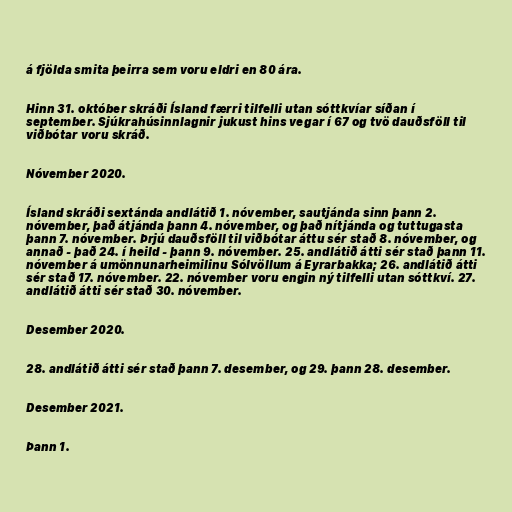
á fjölda smita þeirra sem voru eldri en 80 ára.

Hinn 31. október skráði Ísland færri tilfelli utan sóttkvíar síðan í
september. Sjúkrahúsinnlagnir jukust hins vegar í 67 og tvö dauðsföll til
viðbótar voru skráð.

Nóvember 2020.

Ísland skráði sextánda andlátið 1. nóvember, sautjánda sinn þann 2.
nóvember, það átjánda þann 4. nóvember, og það nítjánda og tuttugasta
þann 7. nóvember. Þrjú dauðsföll til viðbótar áttu sér stað 8. nóvember, og
annað - það 24. í heild - þann 9. nóvember. 25. andlátið átti sér stað þann 11.
nóvember á umönnunarheimilinu Sólvöllum á Eyrarbakka; 26. andlátið átti
sér stað 17. nóvember. 22. nóvember voru engin ný tilfelli utan sóttkví. 27.
andlátið átti sér stað 30. nóvember.

Desember 2020.

28. andlátið átti sér stað þann 7. desember, og 29. þann 28. desember.

Desember 2021.

Þann 1.